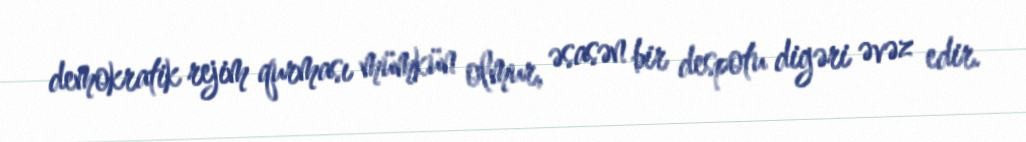
demokratik rejim qurması mümkün olmur, əsasən bir despotu digəri əvəz edir.